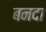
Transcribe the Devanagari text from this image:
बनदा